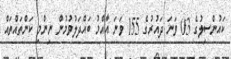
ކައުންސިލުގެ 03 ވަނަ ދައުރުގެ 155 ވަނަ އާއްމު ބައްދަލުވުމުން ނިންމި ކަންތައްތައް